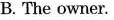
B. The owner.